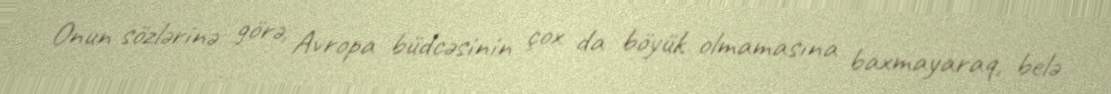
Onun sözlərinə görə, Avropa büdcəsinin çox da böyük olmamasına baxmayaraq, belə